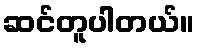
ဆင်တူပါတယ်။